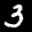
Label: 3